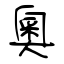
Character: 奧